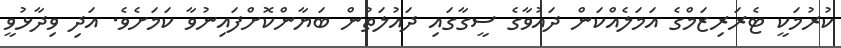
ކުރުމަކީ ޓެރަރިޒަމްގެ އަމަލެއްކަން ދައުވާގެ ސީގާގައި ދައުލަތުން ބަޔާންކޮށްފައިނުވާ ކަމަށެވެ. އަދި ވިދާޅުވީ